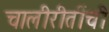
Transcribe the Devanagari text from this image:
चालीरीतींची